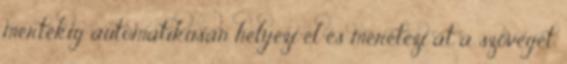
mértékig automatikusan helyezi el és méretezi át a szöveget.